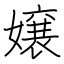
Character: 嬢